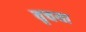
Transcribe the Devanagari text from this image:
वृचया